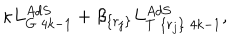
LaTeX: \kappa L _ { G \; 4 k - 1 } ^ { A d S } + \beta _ { \{ r _ { j } \} } L _ { T \; \{ r _ { j } \} \; 4 k - 1 } ^ { A d S } ,